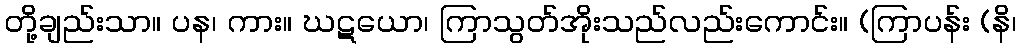
တို့ချည်းသာ။ ပန၊ ကား။ ဃဋယော၊ ကြာသွတ်အိုးသည်လည်းကောင်း။ (ကြာပန်း (နိ၊